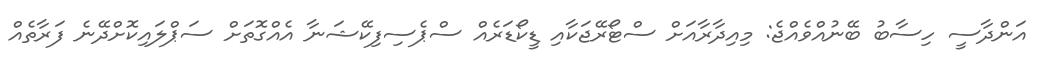
އަންދާސީ ހިސާބު ބޭނުއްވެއްޖެ: މިއިދާރާއަށް ސްޓޯރޭޖަކާއި ޑީކޯޑަރެއް ސްޕެސިފިކޭޝަނާ އެއްގޮތަށް ސަޕްލައިކޮށްދޭނެ ފަރާތެއް